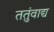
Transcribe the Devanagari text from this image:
ततुंवाद्य